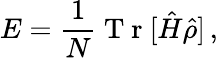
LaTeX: E=\frac{1}{N}\mathrm{~T~r~}[\hat{H}\hat{\rho}]\, ,